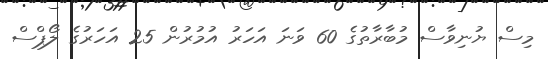
މިސް ޔުނިވާސް މުބާރާތުގެ 60 ވަނަ އަހަރު އުމުރުން 25 އަހަރުގެ ލޯޕްސް